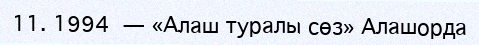
11. 1994 — «Алаш туралы сөз» Алашорда